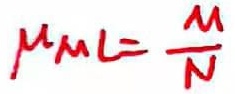
$\mu _{M}=\frac {M}{N}$